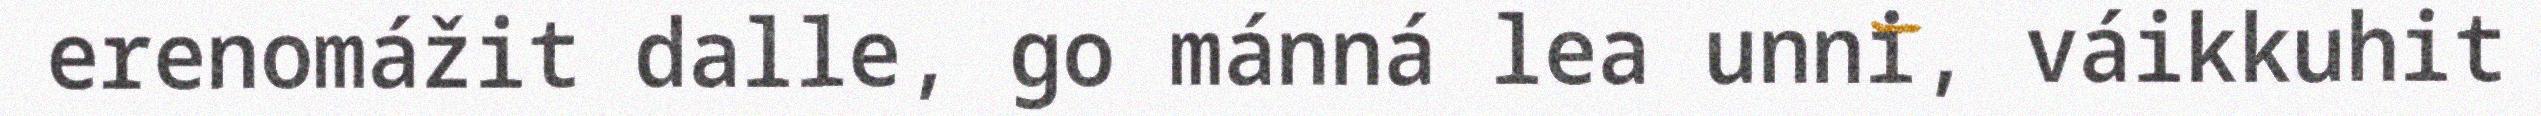
erenomážit dalle, go mánná lea unni, váikkuhit